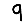
Digit: 9